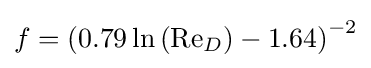
f=\left(0.79\ln \left(\mathrm {Re} _{D}\right)-1.64\right)^{-2}